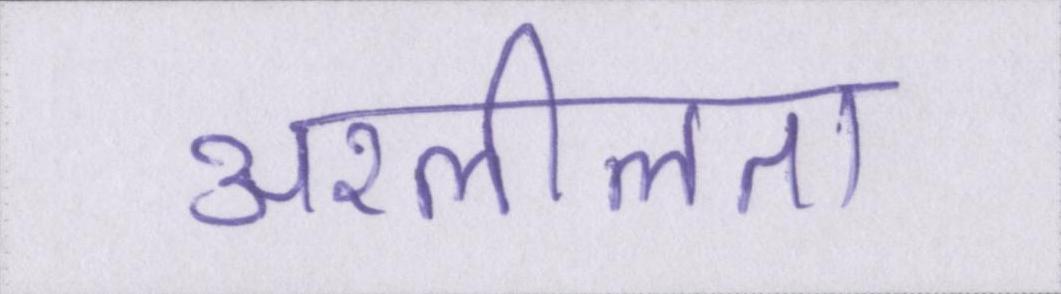
अश्लीलता